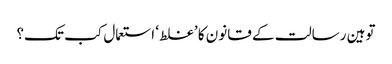
توہین رسالت کے قانون کا ’غلط‘ استعمال کب تک؟